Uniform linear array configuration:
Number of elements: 64
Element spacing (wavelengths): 1
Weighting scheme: binomial
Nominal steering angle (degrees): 15
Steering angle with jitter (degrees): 14.602
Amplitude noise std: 0.05
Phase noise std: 0.05

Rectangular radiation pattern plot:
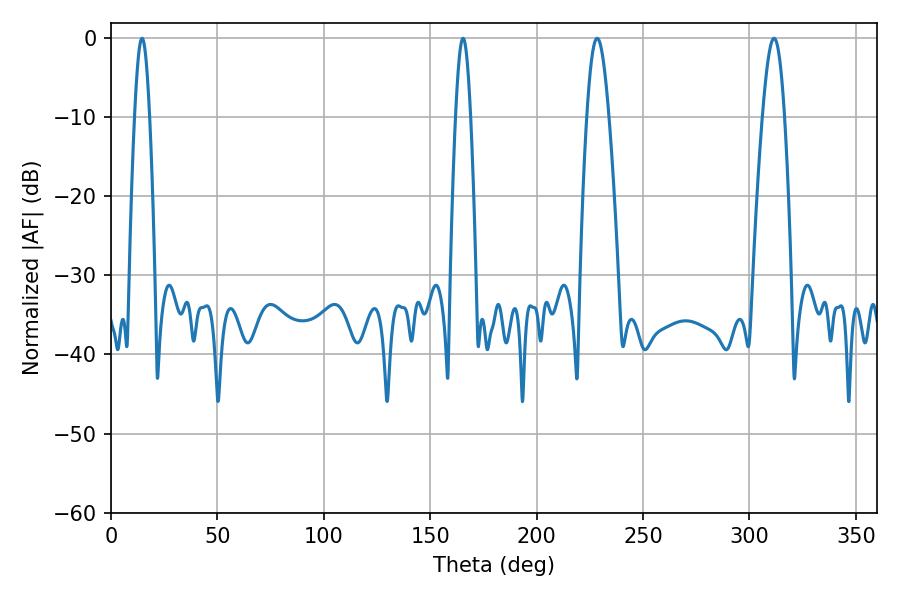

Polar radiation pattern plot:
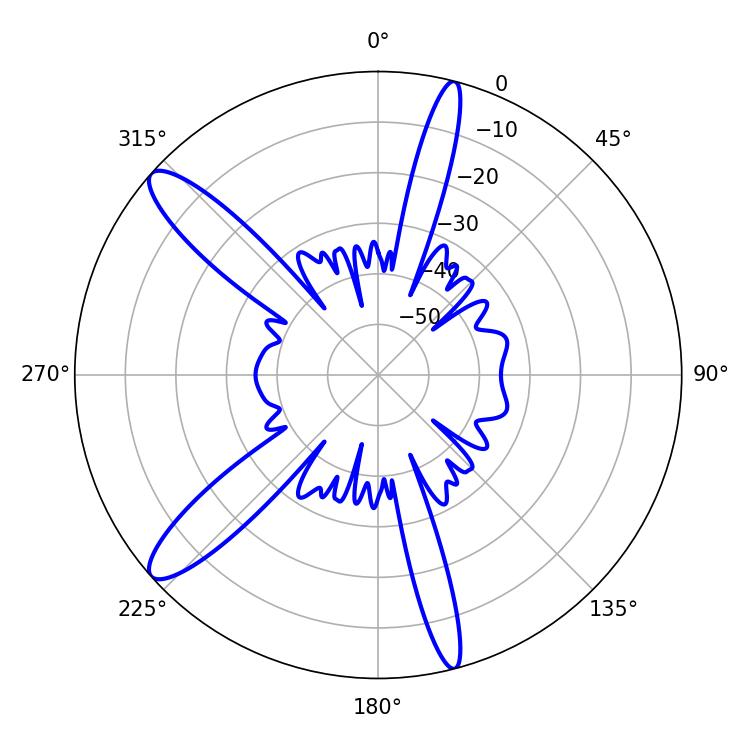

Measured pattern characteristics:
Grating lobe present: TRUE
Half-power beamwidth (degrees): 3.6
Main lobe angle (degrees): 14.58